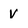
Character: v